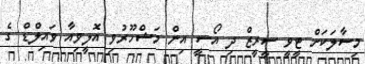
މިސާލަކަށް ޓީވީ ސީރީޒް ދި އޯސީ އިން މަޝްހޫރުވި އޮލީވިއާ ވައިލްޑް ގެ